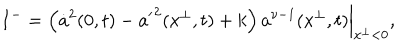
I ^ { - } = \left. \left( \dot { a } ^ { 2 } ( 0 , t ) - { a ^ { \prime } } ^ { 2 } ( x ^ { \perp } , t ) + k \right) a ^ { \nu - 1 } ( x ^ { \perp } , t ) \right| _ { x ^ { \perp } < 0 } ,